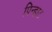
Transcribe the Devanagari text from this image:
पिन्हाट